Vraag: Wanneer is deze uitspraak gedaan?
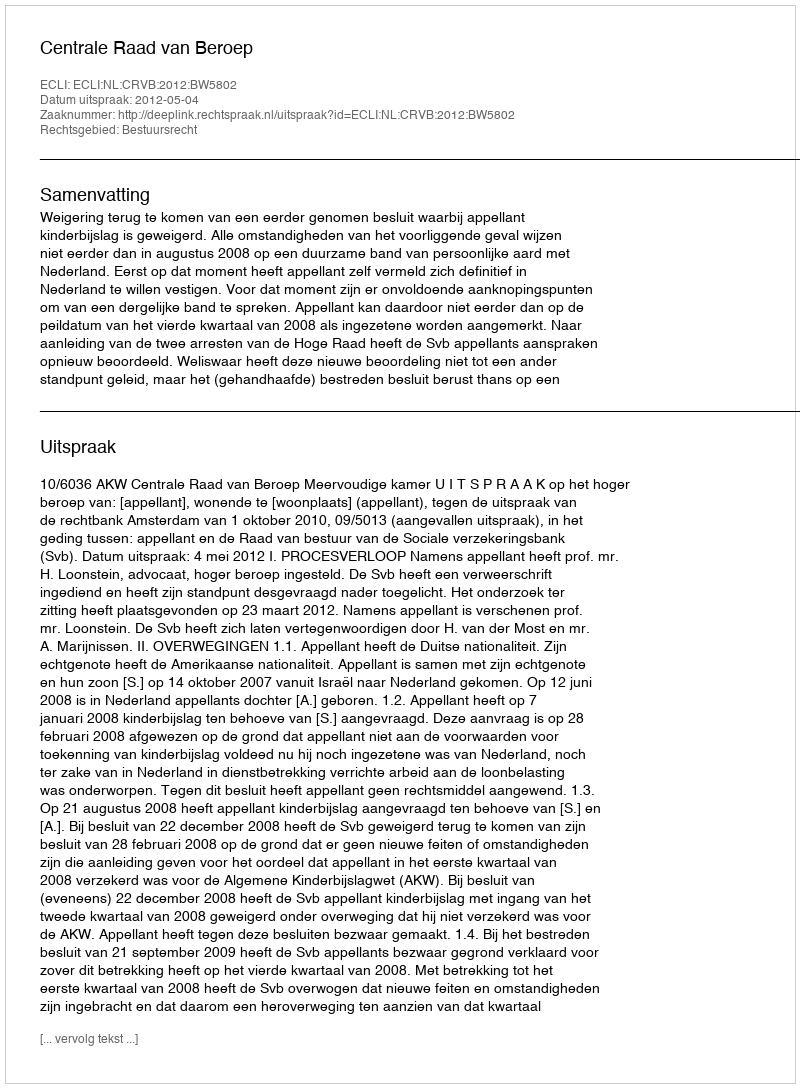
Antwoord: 2012-05-04